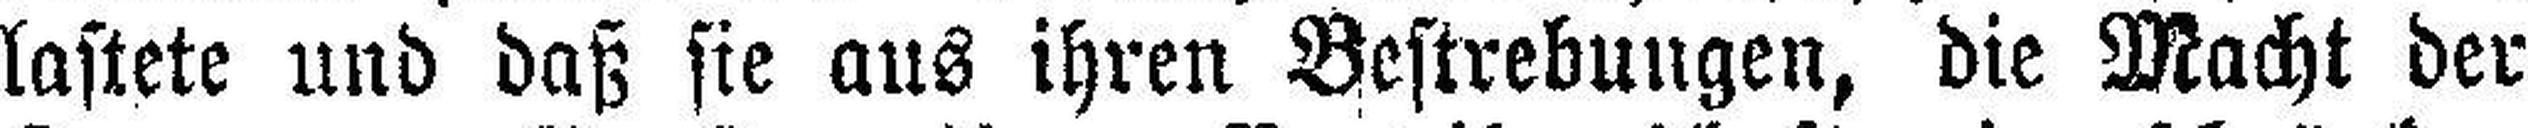
lastete und daß sie aus ihren Bestrebungen, die Macht der